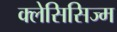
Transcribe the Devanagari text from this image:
क्लेसिसिज्म